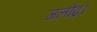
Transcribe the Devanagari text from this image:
जलोढ़।